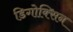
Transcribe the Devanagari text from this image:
डिगोक्सिन